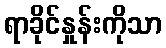
ရာခိုင်နှုန်းကိုသာ